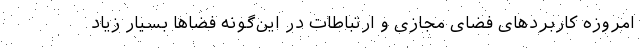
امروزه کاربردهای فضای مجازی و ارتباطات در این‌گونه فضاها بسیار زیاد